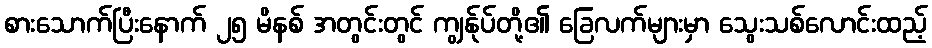
စားသောက်ပြီးနောက် ၂၅ မိနစ် အတွင်းတွင် ကျွန်ုပ်တို့၏ ခြေလက်များမှာ သွေးသစ်လောင်းထည့်